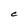
Character: C